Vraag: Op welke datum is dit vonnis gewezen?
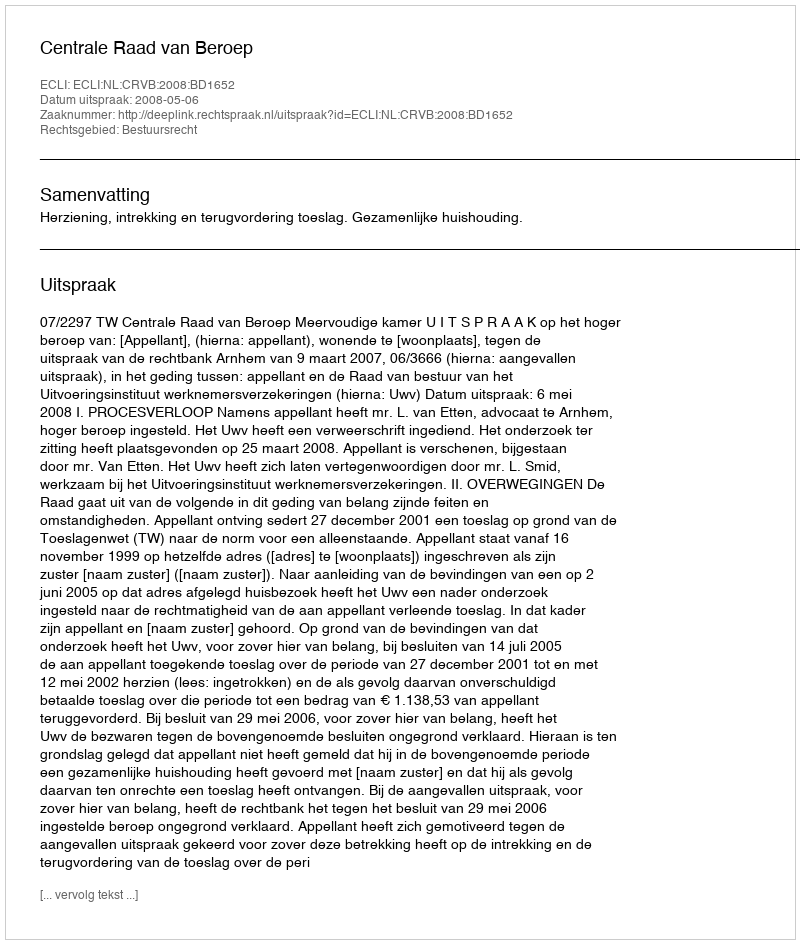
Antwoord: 2008-05-06